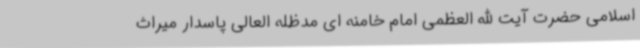
اسلامی حضرت آیت الله العظمی امام خامنه ای مدظله العالی پاسدار میراث